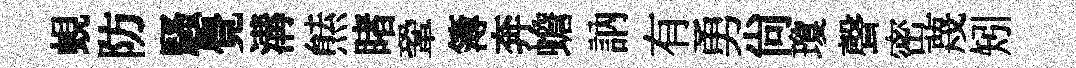
蜆防騷覺溝㷱睹鞏簿奔蟾訥有勇尚瓊聲密蔑矧